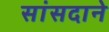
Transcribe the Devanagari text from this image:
सांसदाने